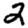
Digit: 2